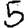
Digit: 5